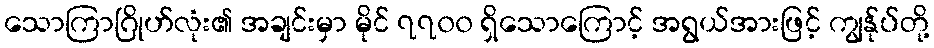
သောကြာဂြိုဟ်လုံး၏ အချင်းမှာ မိုင် ၇၇၀၀ ရှိသောကြောင့် အရွယ်အားဖြင့် ကျွန်ုပ်တို့